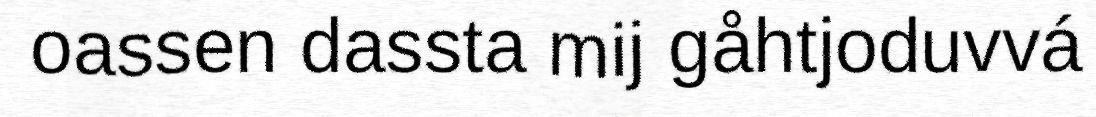
oassen dassta mij gåhtjoduvvá